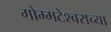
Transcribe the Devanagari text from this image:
गोम्मटेश्वराच्या